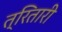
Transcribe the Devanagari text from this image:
त्रितारी